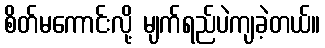
စိတ်မကောင်းလို့ မျက်ရည်ပဲကျခဲ့တယ်။